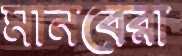
মানবেরা